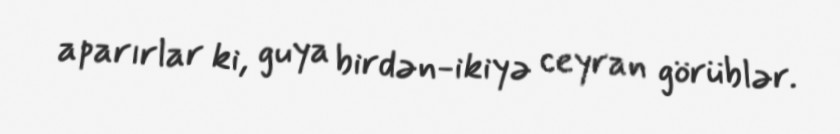
aparırlar ki, guya birdən-ikiyə ceyran görüblər.